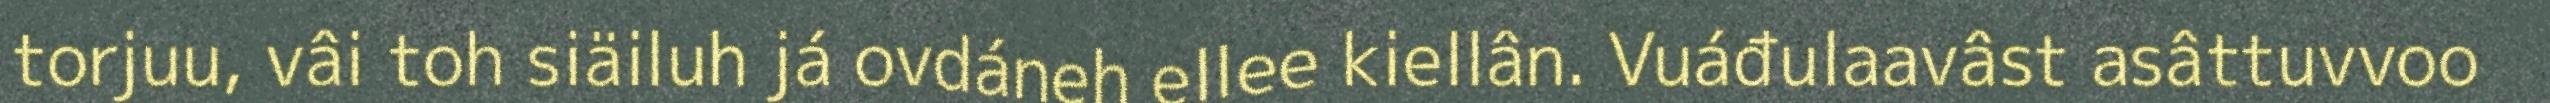
torjuu, vâi toh siäiluh já ovdáneh ellee kiellân. Vuáđulaavâst asâttuvvoo